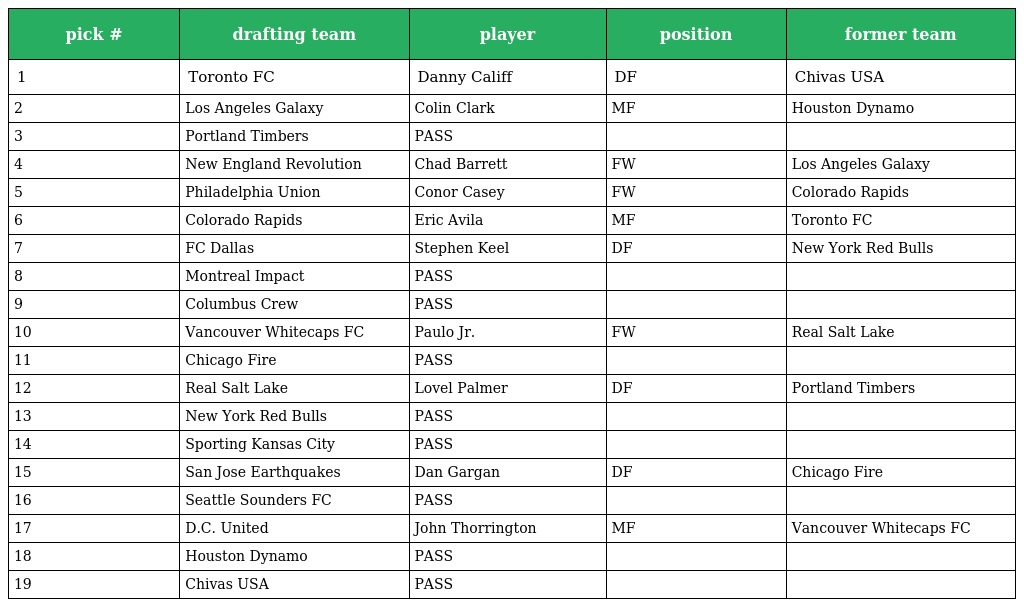
| pick # | drafting team | player | position | former team |
 | --- | --- | --- | --- | --- |
 | 1 | Toronto FC | Danny Califf | DF | Chivas USA |
 | 2 | Los Angeles Galaxy | Colin Clark | MF | Houston Dynamo |
 | 3 | Portland Timbers | PASS |  |  |
 | 4 | New England Revolution | Chad Barrett | FW | Los Angeles Galaxy |
 | 5 | Philadelphia Union | Conor Casey | FW | Colorado Rapids |
 | 6 | Colorado Rapids | Eric Avila | MF | Toronto FC |
 | 7 | FC Dallas | Stephen Keel | DF | New York Red Bulls |
 | 8 | Montreal Impact | PASS |  |  |
 | 9 | Columbus Crew | PASS |  |  |
 | 10 | Vancouver Whitecaps FC | Paulo Jr. | FW | Real Salt Lake |
 | 11 | Chicago Fire | PASS |  |  |
 | 12 | Real Salt Lake | Lovel Palmer | DF | Portland Timbers |
 | 13 | New York Red Bulls | PASS |  |  |
 | 14 | Sporting Kansas City | PASS |  |  |
 | 15 | San Jose Earthquakes | Dan Gargan | DF | Chicago Fire |
 | 16 | Seattle Sounders FC | PASS |  |  |
 | 17 | D.C. United | John Thorrington | MF | Vancouver Whitecaps FC |
 | 18 | Houston Dynamo | PASS |  |  |
 | 19 | Chivas USA | PASS |  |  |